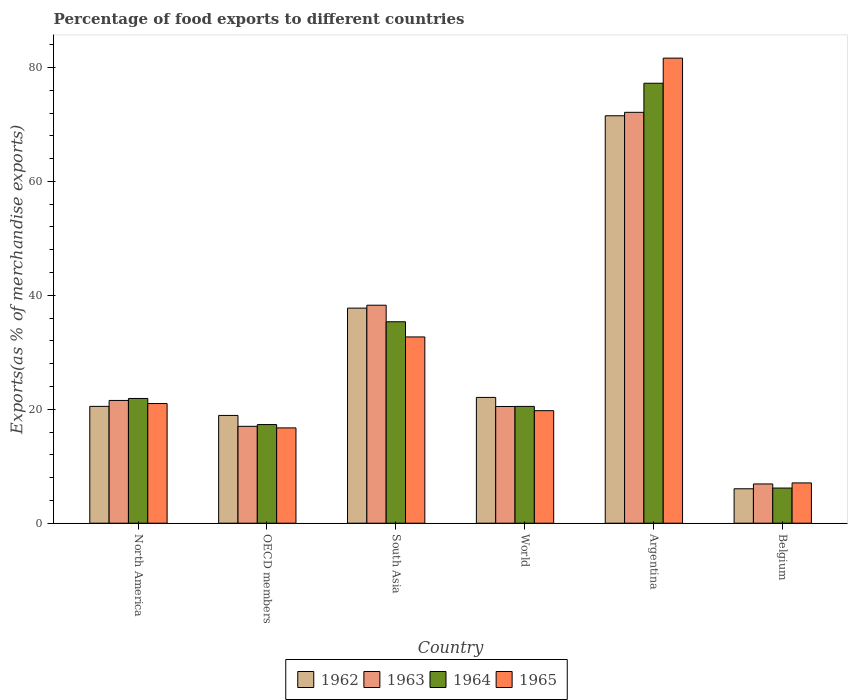
| Country | 1962 | 1963 | 1964 | 1965 |
 | --- | --- | --- | --- | --- |
 | North America | 20.5 | 21.5 | 21.9 | 21 |
 | OECD members | 18.9 | 17 | 17.3 | 16.7 |
 | South Asia | 37.8 | 38.3 | 35.4 | 32.7 |
 | World | 22.1 | 20.5 | 20.5 | 19.8 |
 | Argentina | 71.5 | 72.1 | 77.2 | 81.6 |
 | Belgium | 6.04 | 6.89 | 6.17 | 7.07 |